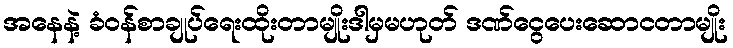
အနေနဲ့ ခံဝန်စာချုပ်ရေးထိုးတာမျိုးဒါမှမဟုတ် ဒဏ်ငွေပေးဆောငတာမျိုး